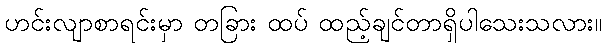
ဟင်းလျာစာရင်းမှာ တခြား ထပ် ထည့်ချင်တာရှိပါသေးသလား။